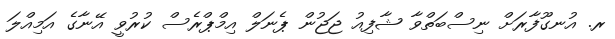
ރ. އުނގޫފާރަށް ނިސްބަތްވާ ޝާފިއު ޖަޖުން ޕެނަލް އިމްޕްރެސް ކުރުވީ އޭނާގެ އަމިއްލަ